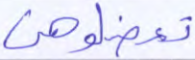
تعضلوهن